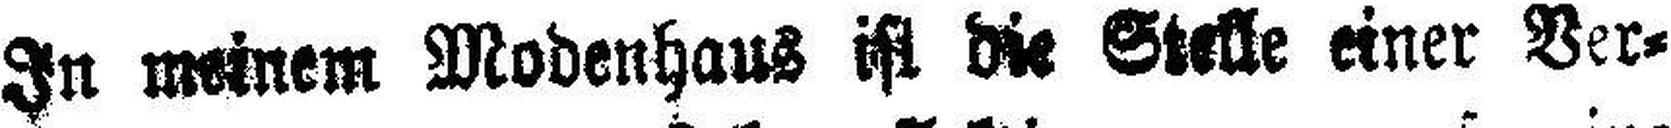
In meinem Modenhaus ist die Stelle einer Ver¬